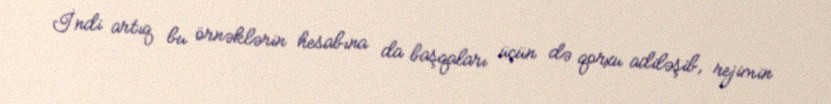
İndi artıq bu örnəklərin hesabına da başqaları üçün də qorxu adiləşib, rejimin